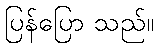
ပြန်ပြော သည်။